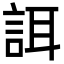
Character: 誀